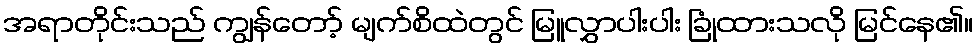
အရာတိုင်းသည် ကျွန်တော့် မျက်စိထဲတွင် မြူလွှာပါးပါး ခြုံထားသလို မြင်နေ၏။